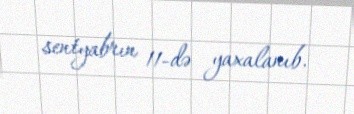
sentyabrın 11-də yaxalanıb.